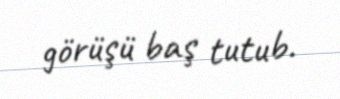
görüşü baş tutub.